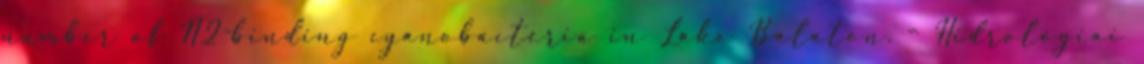
number of N2-binding cyanobacteria in Lake Balaton. – Hidrológiai